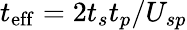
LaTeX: t_{\mathrm{eff}}=2t_{s}t_{p}/U_{sp}